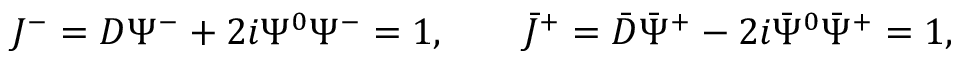
J ^ { - } = D \Psi ^ { - } + 2 i \Psi ^ { 0 } \Psi ^ { - } = 1 , \qquad \bar { J } ^ { + } = \bar { D } \bar { \Psi } ^ { + } - 2 i \bar { \Psi } ^ { 0 } \bar { \Psi } ^ { + } = 1 ,